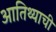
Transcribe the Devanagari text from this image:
आतिथ्याची